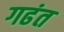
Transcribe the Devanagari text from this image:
गढंत